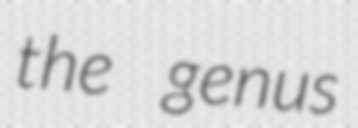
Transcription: the genus